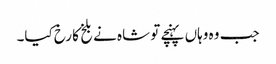
جب وہ وہاں پہنچے تو شاہ نے بلخ کا رخ کیا۔